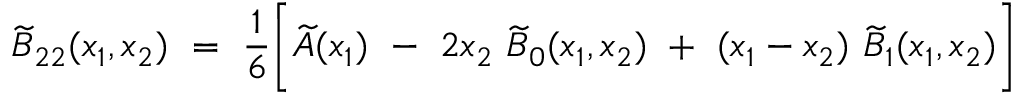
\widetilde { B } _ { 2 2 } ( x _ { 1 } , x _ { 2 } ) ~ = ~ \frac { 1 } { 6 } \bigg [ \widetilde { A } ( x _ { 1 } ) ~ - ~ 2 x _ { 2 } ~ \widetilde { B } _ { 0 } ( x _ { 1 } , x _ { 2 } ) ~ + ~ ( x _ { 1 } - x _ { 2 } ) ~ \widetilde { B } _ { 1 } ( x _ { 1 } , x _ { 2 } ) \bigg ]